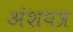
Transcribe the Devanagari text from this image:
अंशपत्र